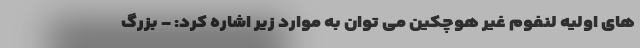
های اولیه لنفوم غیر هوچکین می توان به موارد زیر اشاره کرد: - بزرگ